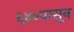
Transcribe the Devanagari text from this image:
६४०पासून